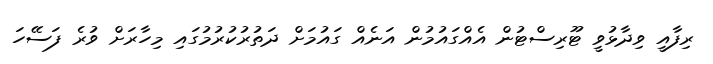
ރިފާއީ ވިދާޅުވީ ޓޫރިސްޓުން އެއްގައުމުން އަނެއް ގައުމަށް ދަތުރުކުރުމުގައި މިހާރަށް ވުރެ ފަސޭހަ